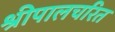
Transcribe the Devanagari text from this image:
श्रीपालचरित